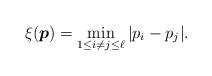
LaTeX: \begin{align*} \xi(\boldsymbol{p})=\min_{1\leq i\neq j\leq \ell}|p_i-p_j|.\end{align*}